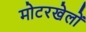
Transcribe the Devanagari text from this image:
मोटरखेलों